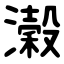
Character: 濲